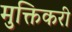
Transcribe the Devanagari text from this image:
मुक्तिकरी